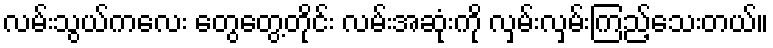
လမ်းသွယ်ကလေး တွေတွေ့တိုင်း လမ်းအဆုံးကို လှမ်းလှမ်းကြည့်သေးတယ်။